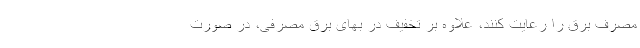
مصرف برق را رعایت کنند، علاوه بر تخفیف در بهای برق مصرفی، در صورت